Scottish Leaving Certificate Examination, 1961
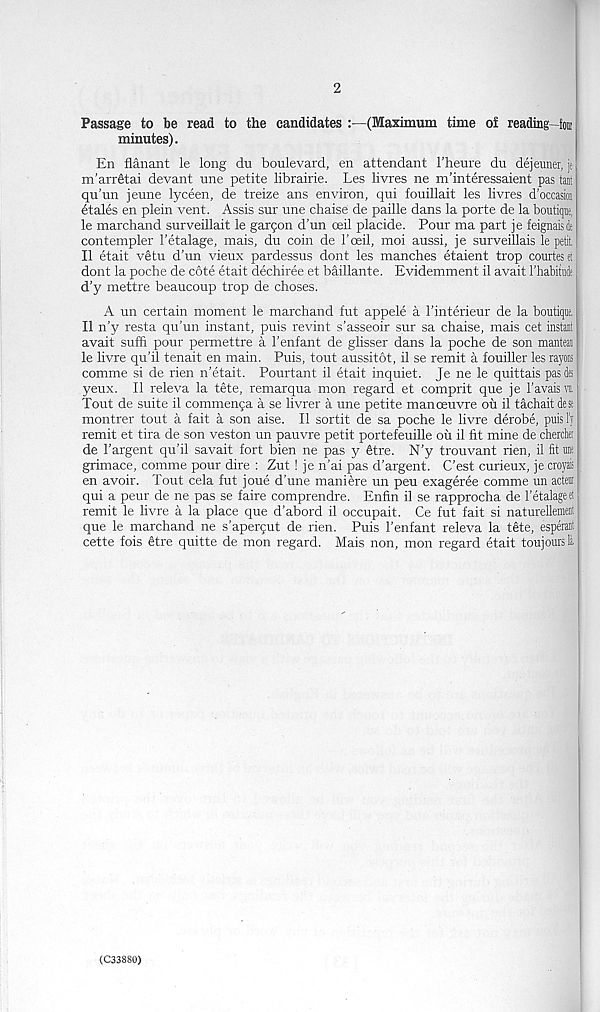
2
Passage to be read to the candidates
(Maximum time of reading—Jom
minutes).
En flanant le long du boulevard, en attendant I’heure du dejeuner, je
m'arrfitai devant une petite librairie. Les livres ne m’interessaient pas taut
qu’un jeune lyceen, de treize ans environ, qui fouillait les livres d’occasion
etales en plein vent. Assis sur une chaise de paille dans la porte de la boutiqae,
le marchand surveillait le garpon d’un ceil placide. Pour ma part je feignaisde
contempler 1’etalage, mais, du coin de I’oeil, moi aussi, je surveillais le petit
II etait vetu d'un vieux pardessus dont les manches etaient trop courtes et
dont la poche de cote etait dechiree et baillante. Evidemment il avait rhabitudt
d’y mettre beaucoup trop de choses.
A un certain moment le marchand fut appele a I’interieur de la boutique.
II n’y resta qu’un instant, puis revint s’asseoir sur sa chaise, mais cet instant
avait suffi pour permettre a 1’enfant de glisser dans la poche de son mantean
le livre qu’il tenait en main. Puis, tout aussitot, il se remit a fouiller les rayons |
comme si de rien n’etait. Pourtant il etait inquiet. Je ne le quittais pasties
yeux. Il releva la tete, remarqua mon regard et comprit que je 1’avaisn
Tout de suite il commenpa a se livrer a une petite manoeuvre oil il tachait dese
montrer tout a fait a son aise. Il sortit de sa poche le livre derobe, puis 1' j
remit et tira de son veston un pauvre petit portefeuille ou il fit mine de chercte
de 1’argent qu’il savait fort bien ne pas y Stre. N’y trouvant rien, il fit pe
grimace, comme pour dire : Zut! je n’ai pas d’argent. C’est curieux, je croyais
en avoir. Tout cela fut joue d’une maniere un peu exageree comme un acta
qui a peur de ne pas se faire comprendre. Enfin il se rapprocha de 1’etalageei j
remit le livre a la place que d’abord il occupait. Ce fut fait si naturellement
que le marchand ne s’apercut de rien. Puis 1’enfant releva la tete, esperant
cette fois 6tre quitte de mon regard. Mais non, mon regard etait toujoursi
(C33880)